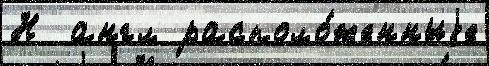
Н  англ располо́женныjе